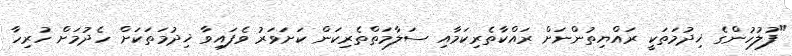
"ފުލުހުންގެ ޚިދުމަތަކީ ރައްޔިތުންނަށް ރައްކާތެރިކަމާއި ސަލާމަތްތެރިކަން ކަށަވަރު ވެފައިވާ ޚިދުމަތަކަށް ހެދުމަށް ހުރިހާ